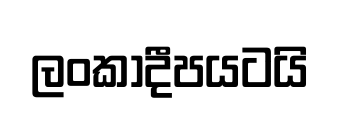
ලංකාදීපයටයි